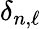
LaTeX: \delta_{n,\ell}